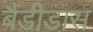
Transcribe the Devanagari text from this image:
बैंडीडास